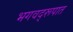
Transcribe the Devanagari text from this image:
भगवद्‌रूपात